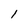
Character: 1